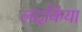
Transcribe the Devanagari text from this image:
लदकिया